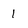
Character: 1